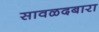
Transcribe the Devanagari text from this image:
सावळदबारा